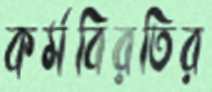
কর্মবিরতির